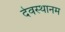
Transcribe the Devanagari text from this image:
देवस्‍थानम